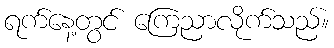
ရက်နေ့တွင် ကြေညာလိုက်သည်။